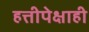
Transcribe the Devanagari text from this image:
हत्तीपेक्षाही